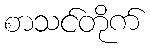
စာသင်တိုက်